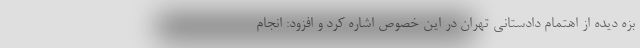
بزه دیده از اهتمام دادستانی تهران در این خصوص اشاره کرد و افزود: انجام